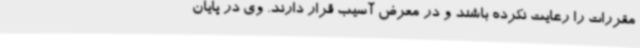
مقررات را رعایت نکرده باشند و در معرض آسیب قرار دارند. وی در پایان